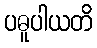
ပဓူပါယတိ